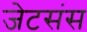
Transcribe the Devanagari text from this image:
जेटसंस